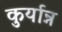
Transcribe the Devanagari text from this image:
कुर्यान्न